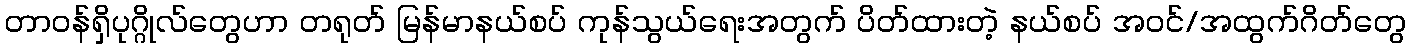
တာဝန်ရှိပုဂ္ဂိုလ်တွေဟာ တရုတ် မြန်မာနယ်စပ် ကုန်သွယ်ရေးအတွက် ပိတ်ထားတဲ့ နယ်စပ် အဝင်/အထွက်ဂိတ်တွေ